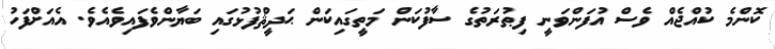
ކޮންމެ ކުއްޖެއް ވެސް އުފަންވަނީ ފިޠުރަތުގެ ސާފުކަން މަތީގައިކަން ޙަދީޘްފުޅުގައި ބަޔާންވެފައިވެއެވެ. އެއަށްފަހު